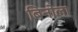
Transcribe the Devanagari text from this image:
बिनोला